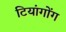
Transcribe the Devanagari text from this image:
टियांगोंग